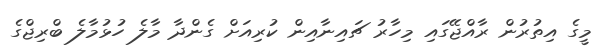
މީގެ އިތުރުން ރާއްޖޭގައި މިހާރު ޗައިނާއިން ކުރިއަށް ގެންދާ މާލެ ހުޅުމާލެ ބްރިޖްގެ